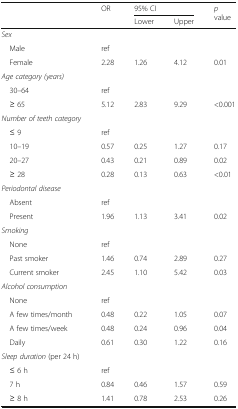
<table><thead><tr><td rowspan="2"></td><td rowspan="2"><b>OR</b></td><td colspan="2"><b>95% CI</b></td><td rowspan="2"><b><i>p</i> value</b></td></tr><tr><td><b>Lower</b></td><td><b>Upper</b></td></tr></thead><tbody><tr><td colspan="5"><i>Sex</i></td></tr><tr><td> Male</td><td>ref</td><td></td><td></td><td></td></tr><tr><td> Female</td><td>2.28</td><td>1.26</td><td>4.12</td><td>0.01</td></tr><tr><td colspan="5"><i>Age category (years)</i></td></tr><tr><td> 30–64</td><td>ref</td><td></td><td></td><td></td></tr><tr><td> ≥ 65</td><td>5.12</td><td>2.83</td><td>9.29</td><td>&lt;0.001</td></tr><tr><td><i>Number of teeth category</i></td><td></td><td></td><td></td><td></td></tr><tr><td> ≤ 9</td><td>ref</td><td></td><td></td><td></td></tr><tr><td> 10–19</td><td>0.57</td><td>0.25</td><td>1.27</td><td>0.17</td></tr><tr><td> 20–27</td><td>0.43</td><td>0.21</td><td>0.89</td><td>0.02</td></tr><tr><td> ≥ 28</td><td>0.28</td><td>0.13</td><td>0.63</td><td>&lt;0.01</td></tr><tr><td colspan="5"><i>Periodontal disease</i></td></tr><tr><td> Absent</td><td>ref</td><td></td><td></td><td></td></tr><tr><td> Present</td><td>1.96</td><td>1.13</td><td>3.41</td><td>0.02</td></tr><tr><td colspan="5"><i>Smoking</i></td></tr><tr><td> None</td><td>ref</td><td></td><td></td><td></td></tr><tr><td> Past smoker</td><td>1.46</td><td>0.74</td><td>2.89</td><td>0.27</td></tr><tr><td> Current smoker</td><td>2.45</td><td>1.10</td><td>5.42</td><td>0.03</td></tr><tr><td colspan="5"><i>Alcohol consumption</i></td></tr><tr><td> None</td><td>ref</td><td></td><td></td><td></td></tr><tr><td> A few times/month</td><td>0.48</td><td>0.22</td><td>1.05</td><td>0.07</td></tr><tr><td> A few times/week</td><td>0.48</td><td>0.24</td><td>0.96</td><td>0.04</td></tr><tr><td> Daily</td><td>0.61</td><td>0.30</td><td>1.22</td><td>0.16</td></tr><tr><td colspan="5"><i>Sleep duration</i> (per 24 h)</td></tr><tr><td> ≤ 6 h</td><td>ref</td><td></td><td></td><td></td></tr><tr><td> 7 h</td><td>0.84</td><td>0.46</td><td>1.57</td><td>0.59</td></tr><tr><td> ≥ 8 h</td><td>1.41</td><td>0.78</td><td>2.53</td><td>0.26</td></tr></tbody></table>